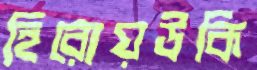
হিরোয়উকি